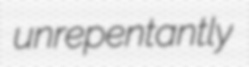
unrepentantly